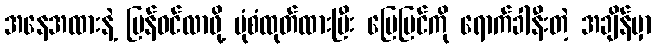
အနေအထားနဲ့ ပြန်ဝင်လာဖို့ ပုံစံထုတ်ထားပြီး မြေပြင်ကို ရောက်ခါနီးတဲ့ အချိန်မှာ